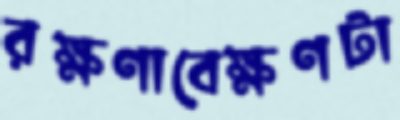
রক্ষণাবেক্ষণটা